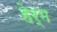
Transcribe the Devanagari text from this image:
हेर्म